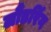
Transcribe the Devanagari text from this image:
लौंडरिंग